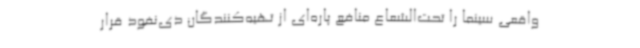
واقعی سینما را تحت‌الشعاع منافع پاره‌ای از تهیه‌کنندگان ذی‌نفوذ قرار